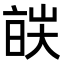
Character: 𬽔